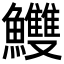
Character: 𩽧